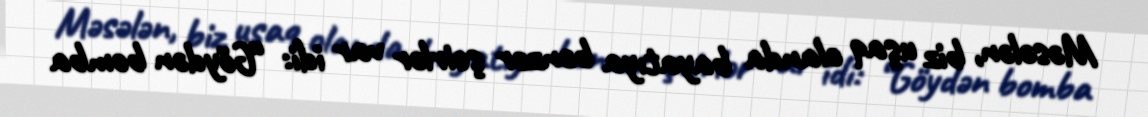
Məsələn, biz uşaq olanda bayatıya bənzər şeirlər var idi: “Göydən bomba